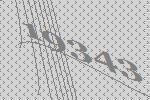
19343